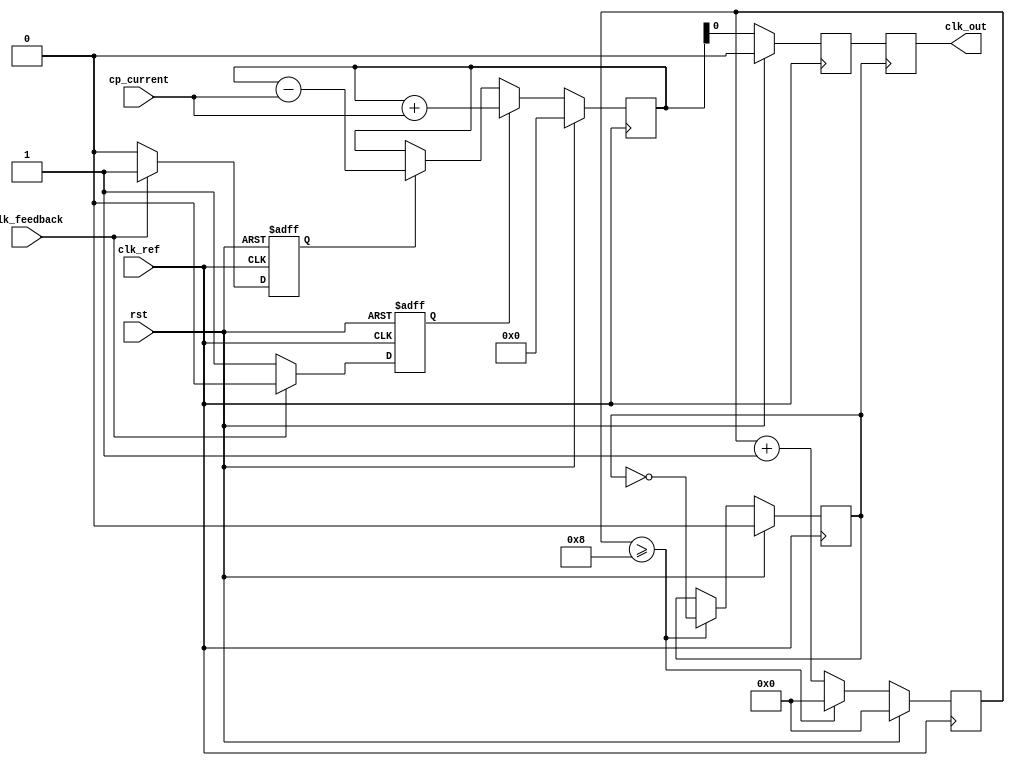
module cp_pll(
    input wire clk_ref,          // Reference clock input
    input wire clk_feedback,     // Feedback clock input from the VCO
    input wire rst,              // Reset signal
    input wire [7:0] cp_current, // Charge pump current setting
    output reg clk_out           // Output clock signal from VCO
);

    // PFD signals
    reg pfd_up, pfd_down;
    
    // Charge Pump signals
    reg [15:0] charge_pump_output; // Output of the charge pump
    wire [15:0] voltage_control;    // Control voltage for VCO
    
    // VCO frequency (for simplicity, just an increment/decrement based on control voltage)
    reg [15:0] vco_output;
    
    // Frequency divider signal
    reg [3:0] divider_count;
    reg clk_div;

    // PFD logic
    always @(posedge clk_ref or posedge rst) begin
        if (rst) begin
            pfd_up <= 1'b0;
            pfd_down <= 1'b0;
        end else begin
            if (clk_feedback) begin
                pfd_up <= 1'b0;
                pfd_down <= 1'b1; // Feedback clock leads
            end else begin
                pfd_up <= 1'b1;  // Reference clock leads
                pfd_down <= 1'b0;
            end
        end
    end

    // Charge Pump Logic
    always @(posedge clk_ref) begin
        if (rst) begin
            charge_pump_output <= 16'h0000; // Reset
        end else begin
            if (pfd_up) begin
                charge_pump_output <= charge_pump_output + cp_current;
            end else if (pfd_down) begin
                charge_pump_output <= charge_pump_output - cp_current;
            end
        end
    end

    // Loop Filter Logic (Simply acts as a register for control voltage)
    assign voltage_control = charge_pump_output;

    // VCO Logic (Increasing/decreasing frequency based on voltage control)
    always @(posedge clk_ref) begin
        if (rst) begin
            vco_output <= 16'h0000; // Reset
        end else begin
            vco_output <= voltage_control; // Control VCO frequency
        end
    end

    // Frequency Divider Logic
    always @(posedge clk_ref) begin
        if (rst) begin
            divider_count <= 4'b0000;
            clk_div <= 1'b0;
        end else begin
            divider_count <= divider_count + 1;
            if (divider_count >= 4'b1000) begin // Divide by 8 for example
                clk_div <= ~clk_div;
                divider_count <= 4'b0000;
            end
        end
    end

    // Generate Output Clock based on VCO output
    always @(posedge clk_div) begin
        clk_out <= vco_output[0]; // For simplifying, we'll just use the LSB of VCO output
    end

endmodule